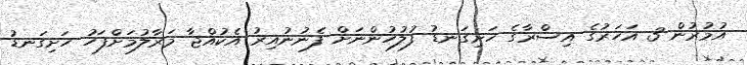
އުމުރުން 3 އަހަރުގެ އިސްރާގެ ހަށިގަނޑު ފުލުހުންނަށް ފެނުނުއިރު އެކުއްޖާ މަރާލުމަށްފަހު ހަށިގަނޑު